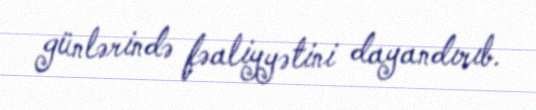
günlərində fəaliyyətini dayandırıb.